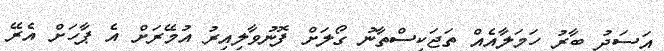
އަސަދު ބާރު ހަމަލާއެއް ތަޖަކިސްތާނު ގޯލަށް ފޮނުވާލިއިރު އުމޭރަށް އެ ޕާހަށް އެރޭ